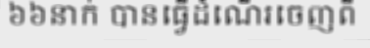
៦៦នាក់ បានធ្វើដំណើរចេញពី